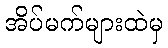
အိပ်မက်များထဲမှ